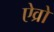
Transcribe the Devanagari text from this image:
ऐव्रो